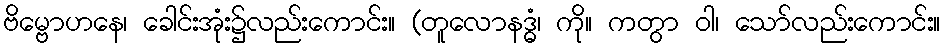
ဗိမ္ဗောဟနေ၊ ခေါင်းအုံး၌လည်းကောင်း။ (တူလောနဒ္ဓံ၊ ကို။ ကတွာ ဝါ၊ သော်လည်းကောင်း။